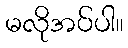
မလိုအပ်ပါ။